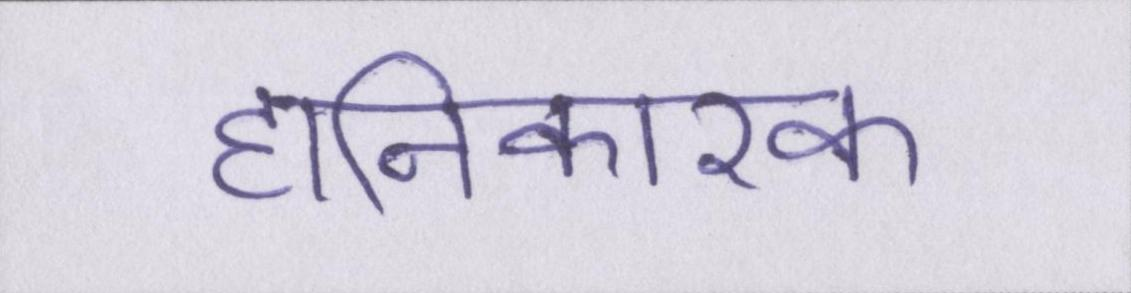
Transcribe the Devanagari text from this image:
हानिकारक